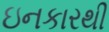
ઇનકારથી